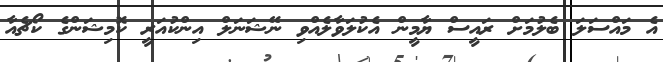
އެ މައްސަލަ ބެލުމަށް ރައީސް ޔާމީން އެކުލަވާލެއްވި ނޭޝަނަލް އިންކުއަރީ ކޮމިޝަންގެ ކޯޗެއާ